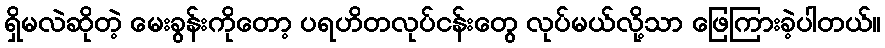
ရှိမလဲဆိုတဲ့ မေးခွန်းကိုတော့ ပရဟိတလုပ်ငန်းတွေ လုပ်မယ်လို့သာ ဖြေကြားခဲ့ပါတယ်။